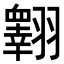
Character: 𦒢